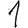
Digit: 1